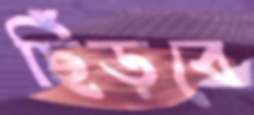
ছিঁড়বে